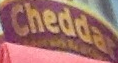
Cheddar